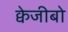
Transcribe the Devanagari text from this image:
क्वेजीबो